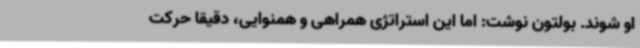
او شوند. بولتون نوشت: اما این استراتژی همراهی و همنوایی، دقیقا حرکت